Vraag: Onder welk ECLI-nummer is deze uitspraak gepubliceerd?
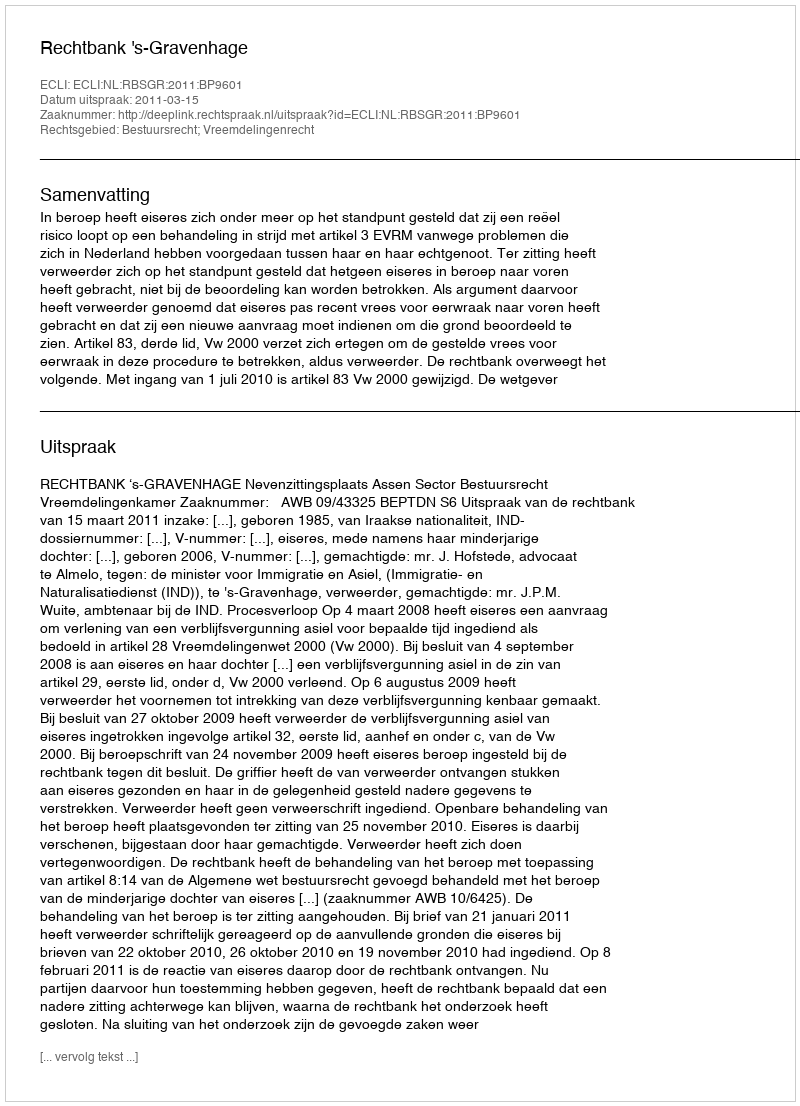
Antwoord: ECLI:NL:RBSGR:2011:BP9601